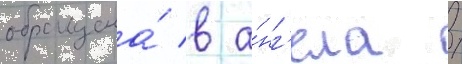
обращена́ в а́нг'ела /